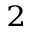
_ 2